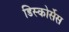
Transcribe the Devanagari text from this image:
डिस्कोर्सेस